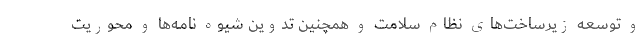
و توسعه زیرساخت‌های نظام سلامت و همچنین تدوین شیوه نامه‌ها و محوریت